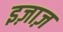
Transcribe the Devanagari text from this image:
इज़ाज़